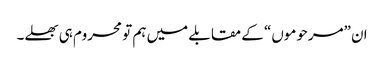
ان ”مرحوموں“ کے مقابلے میں ہم تو محروم ہی بھلے۔